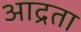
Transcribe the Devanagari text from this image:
आद्रता